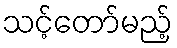
သင့်တော်မည့်